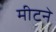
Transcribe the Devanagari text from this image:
मीटने